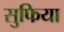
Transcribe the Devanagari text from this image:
सुफिया